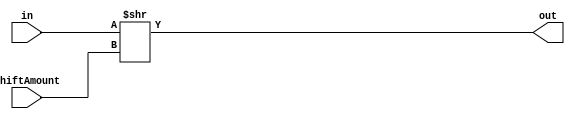
// Shift Right 

module shiftR #(parameter BITS=32)(
	input [BITS-1:0] in,
	input [BITS-1:0] shiftAmount,
	output wire [BITS-1:0] out
);
	assign out = (in >> shiftAmount);
endmodule